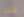
غنيت